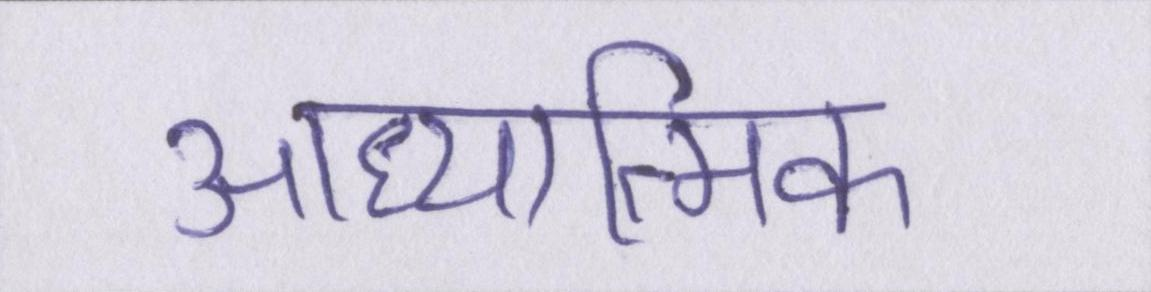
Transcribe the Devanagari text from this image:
आध्यात्मिक